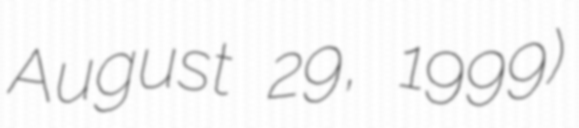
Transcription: August 29, 1999)